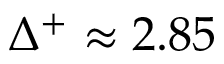
\Delta ^ { + } \approx 2 . 8 5